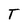
Character: T